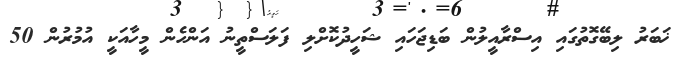
ޚަބަރު ލިބޭގޮތުގައި އިސްރާއީލުން ބަޑިޖަހައި ޝަހީދުކޮށްލި ފަލަސްތީނު އަންހެން މީހާއަކީ އުމުރުން 50